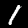
Label: 1